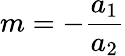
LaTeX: m=-\frac{a_{1}}{a_{2}}